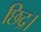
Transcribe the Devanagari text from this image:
छिद्र।